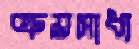
ক্রয়সাধ্য